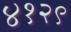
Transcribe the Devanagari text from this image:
४१२९